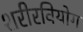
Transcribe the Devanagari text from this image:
शरीरवियोग